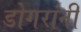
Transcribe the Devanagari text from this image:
डोगरांनी